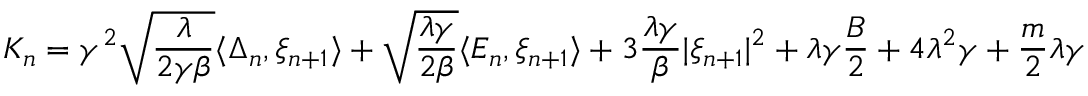
K _ { n } = \gamma ^ { 2 } \sqrt { \frac { \lambda } { 2 \gamma \beta } } \langle \Delta _ { n } , \xi _ { n + 1 } \rangle + \sqrt { \frac { \lambda \gamma } { 2 \beta } } \langle E _ { n } , \xi _ { n + 1 } \rangle + 3 \frac { \lambda \gamma } { \beta } | \xi _ { n + 1 } | ^ { 2 } + \lambda \gamma \frac { B } { 2 } + 4 \lambda ^ { 2 } \gamma + \frac { m } { 2 } \lambda \gamma